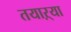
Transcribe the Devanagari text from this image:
तयाऱ्या